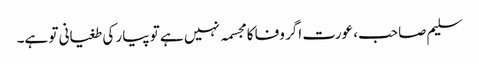
سلیم صاحب، عورت اگر وفا کا مجسمہ نہیں ہے تو پیار کی طغیانی تو ہے۔